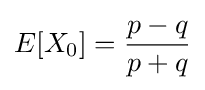
E[X_{0}]={\frac {p-q}{p+q}}